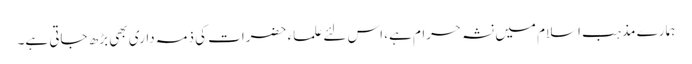
ہمارے مذہب اسلام میں نشہ حرام ہے، اس لئے علماء حضرات کی ذمہ داری بھی بڑھ جاتی ہے۔